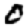
Digit: 0